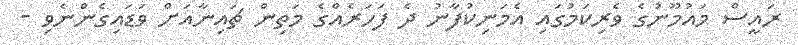
ރައީސް މައުމޫނުގެ ވެރިކަމުގައި އެމަނިކުފާނު ދެ ފަހަރެއްގެ މަތިން ޗައިނާއަށް ވަޑައިގެންނެވި -